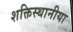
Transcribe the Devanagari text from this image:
शक्तिस्थानीया